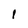
Character: I